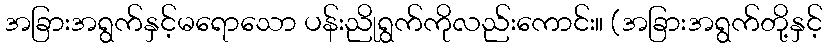
အခြားအရွက်နှင့်မရောသော ပန်းညိုရွက်ကိုလည်းကောင်း။ (အခြားအရွက်တို့နှင့်